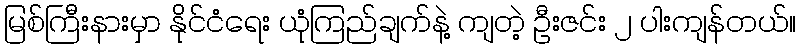
မြစ်ကြီးနားမှာ နိုင်ငံရေး ယုံကြည်ချက်နဲ့ ကျတဲ့ ဦးဇင်း ၂ ပါးကျန်တယ်။